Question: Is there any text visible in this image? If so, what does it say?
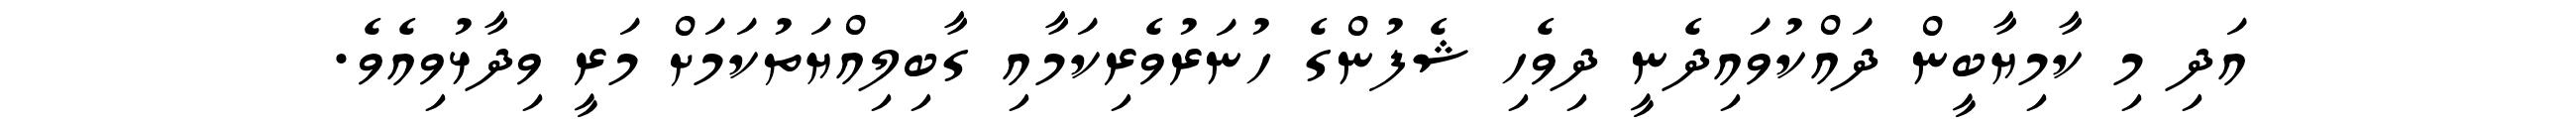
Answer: އަދި މި ކާމިޔާބީން ދައްކުވައިދެނީ ދިވެހި ޝެފުންގެ ހުނަރުވެރިކަމާއި ގާބިލިއްޔަތުކަމަށް މަރީ ވިދާޅުވިއެވެ.